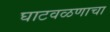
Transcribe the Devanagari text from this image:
घाटवळणाचा